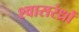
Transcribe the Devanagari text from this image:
श्वासरंध्रों